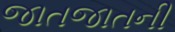
જાતજાતની